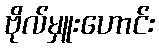
ဗိုလ်မှူးဟောင်း